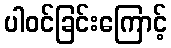
ပါဝင်ခြင်းကြောင့်